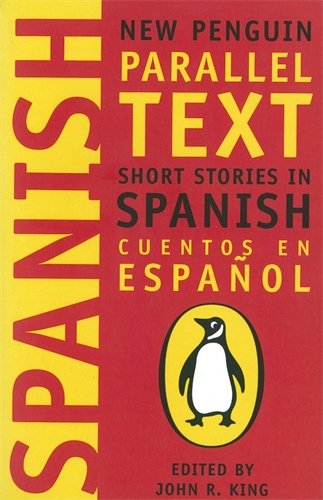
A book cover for Short Stories in Spanish: New Penguin Parallel Text (New Penguin Parallel Texts) (Spanish Edition); Various; Literature & Fiction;